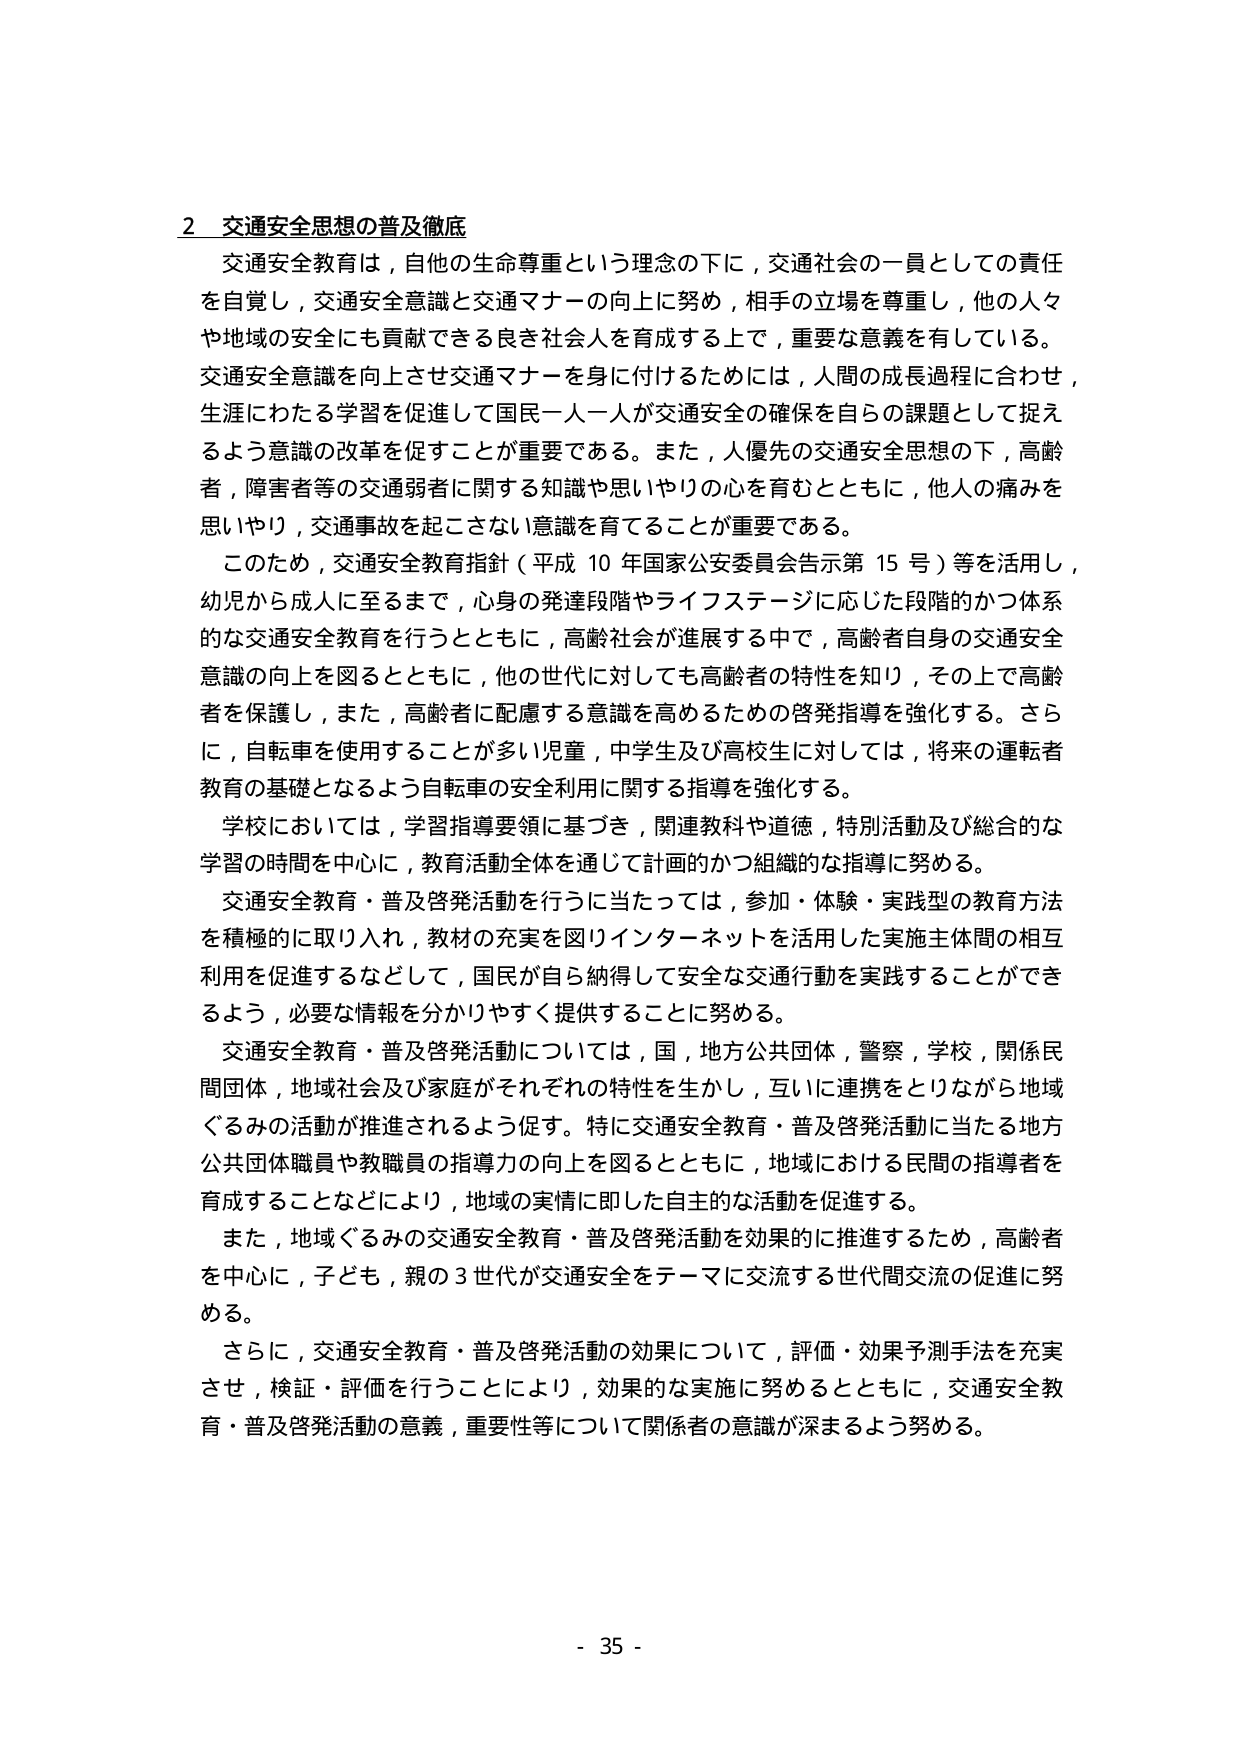
2 交通安全思想の普及徹底
交通安全教育は，自他の生命尊重という理念の下に，交通社会の一員としての責任を自覚し，交通安全意識と交通マナーの向上に努め，相手の立場を尊重し，他の人々や地域の安全にも貢献できる良き社会人を育成する上で，重要な意義を有している。交通安全意識を向上させ交通マナーを身に付けるためには，人間の成長過程に合わせ，生涯にわたる学習を促進して国民一人一人が交通安全の確保を自らの課題として捉えるよう意識の改革を促すことが重要である。また，人優先の交通安全思想の下，高齢者，障害者等の交通弱者に関する知識や思いやりの心を育むとともに，他人の痛みを思いやり，交通事故を起こさない意識を育てることが重要である。

このため，交通安全教育指針（平成10年国家公安委員会告示第15号）等を活用し，幼児から成人に至るまで，心身の発達段階やライフステージに応じた段階的かつ体系的な交通安全教育を行うとともに，高齢社会が進展する中で，高齢者自身の交通安全意識の向上を図るとともに，他の世代に対しても高齢者の特性を知り，その上で高齢者を保護し，また，高齢者に配慮する意識を高めるための啓発指導を強化する。さらに，自転車を使用することが多い児童，中学生及び高校生に対しては，将来の運転者教育の基礎となるよう自転車の安全利用に関する指導を強化する。

学校においては，学習指導要領に基づき，関連教科や道徳，特別活動及び総合的な学習の時間を中心に，教育活動全体を通じて計画的かつ組織的な指導に努める。

交通安全教育・普及啓発活動を行うに当たっては，参加・体験・実践型の教育方法を積極的に取り入れ，教材の充実を図りインターネットを活用した実施主体間の相互利用を促進するなどして，国民が自ら納得して安全な交通行動を実践することができるよう，必要な情報を分かりやすく提供することに努める。

交通安全教育・普及啓発活動については，国，地方公共団体，警察，学校，関係民間団体，地域社会及び家庭がそれぞれの特性を生かし，互いに連携をとりながら地域ぐるみの活動が推進されるよう促す。特に交通安全教育・普及啓発活動に当たる地方公共団体職員や教職員の指導力の向上を図るとともに，地域における民間の指導者を育成することなどにより，地域の実情に即した自主的な活動を促進する。

また，地域ぐるみの交通安全教育・普及啓発活動を効果的に推進するため，高齢者を中心に，子ども，親の3世代が交通安全をテーマに交流する世代間交流の促進に努める。

さらに，交通安全教育・普及啓発活動の効果について，評価・効果予測手法を充実させ，検証・評価を行うことにより，効果的な実施に努めるとともに，交通安全教育・普及啓発活動の意義，重要性等について関係者の意識が深まるよう努める。

- 35 -